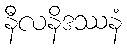
နီလနိဒဿနံ